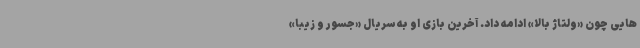
هایی چون «ولتاژ بالا» ادامه داد. آخرین بازی او به سریال «جسور و زیبا»